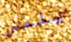
يلمس